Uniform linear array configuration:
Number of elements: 24
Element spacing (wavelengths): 0.25
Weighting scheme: kaiser
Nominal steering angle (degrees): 0
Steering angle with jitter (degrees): -0.4886
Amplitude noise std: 0.05
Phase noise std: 0.05

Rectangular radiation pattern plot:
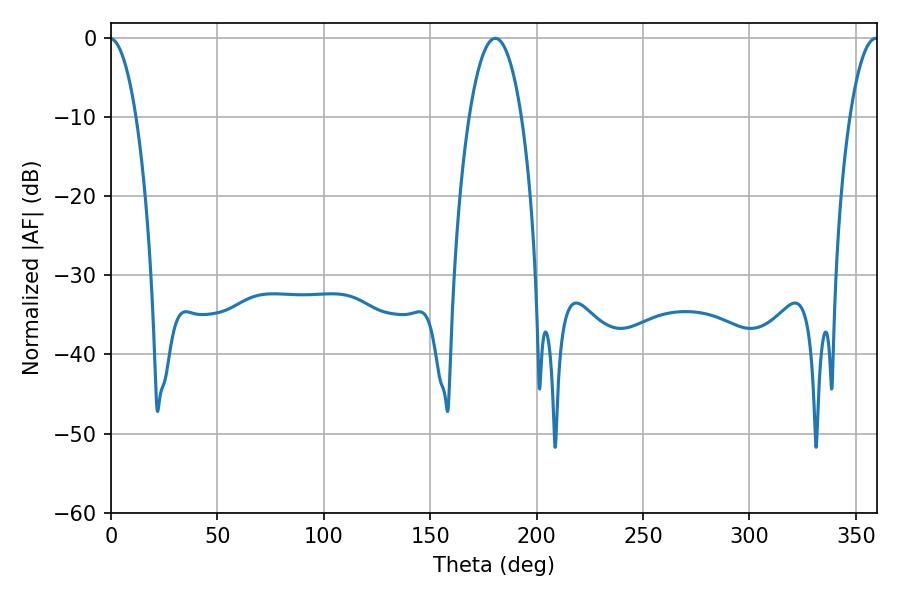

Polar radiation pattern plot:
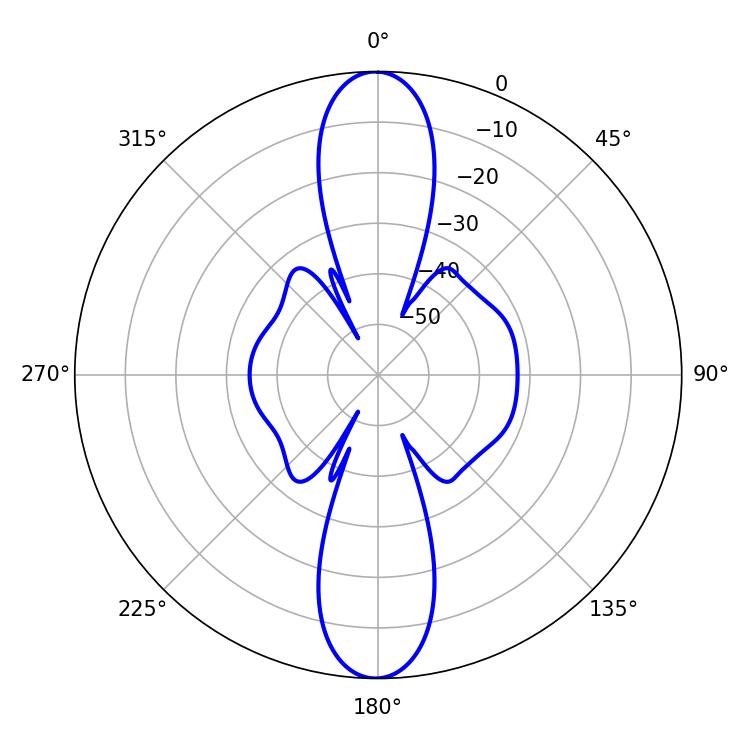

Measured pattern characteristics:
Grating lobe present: FALSE
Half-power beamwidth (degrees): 13.68
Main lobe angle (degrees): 180.54